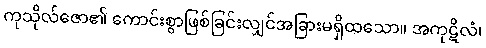
ကုသိုလ်ဇော၏ ကောင်းစွာဖြစ်ခြင်းလျှင်အခြားမရှိထသော။ အကုဋိလံ၊